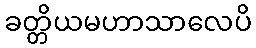
ခတ္တိယမဟာသာလေပိ